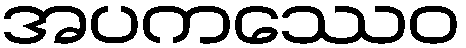
အပကဿေဝ